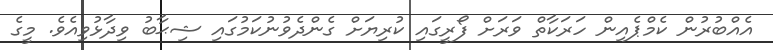
އެއްބުރުން ކެމްޕެއިން ހަރަކާތް ވަރަށް ފޯރީގައި ކުރިޔަށް ގެންދެވުނުކަމުގައި ޝިޙާބު ވިދާޅުވިއެވެ. މީގެ